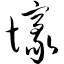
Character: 壕